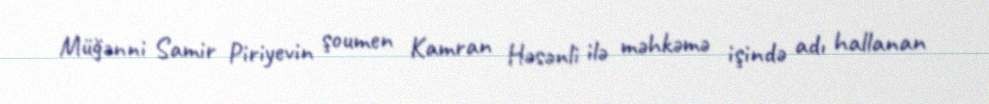
Müğənni Samir Piriyevin şoumen Kamran Həsənli ilə məhkəmə işində adı hallanan